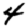
Digit: 4